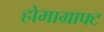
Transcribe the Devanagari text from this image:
होमाग्राफ्ट